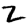
Digit: 2